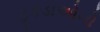
ટૂકડાઓનો